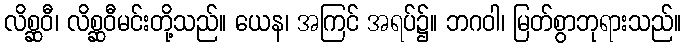
လိစ္ဆဝီ၊ လိစ္ဆဝီမင်းတို့သည်။ ယေန၊ အကြင် အရပ်၌။ ဘဂဝါ၊ မြတ်စွာဘုရားသည်။